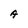
Character: A